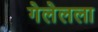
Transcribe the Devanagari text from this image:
गेलेलला